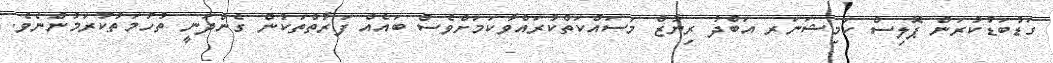
ގަޑުބަޑުކުރަން ޕޮލިސް ކަމިޝަނަރ އަބްދު ރިޔާޒް މަސައްކަތްކުރައްވާކަމަށްވެސް ބައެއް ފަރާތްތަކުން ގެންދަނީ ތުހުމަތުކުރަމުންނެވެ.